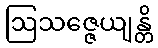
ဩသဇ္ဇေယျန္တိ